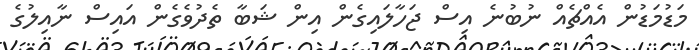
މަޑުމަޑުން އެއްޗެއް ނުބުނެ އިސް ޖަހާލައިގެން އިން ޝަބާ ތެދުވެގެން އައިސް ނާއިލުގެ